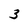
Character: 3